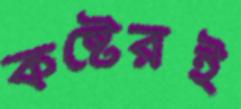
কষ্টেরই